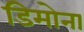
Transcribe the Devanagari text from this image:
डिमोना